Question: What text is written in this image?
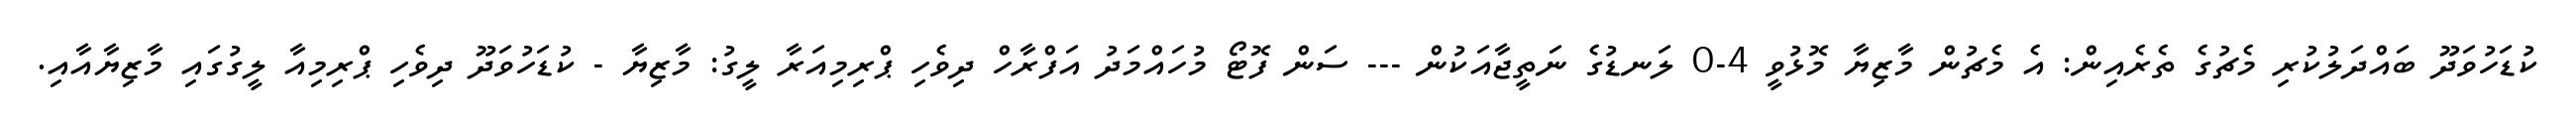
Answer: ކުޑަހުވަދޫ ބައްދަލުކުރި މެޗުގެ ތެރެއިން: އެ މެޗުން މާޒިޔާ މޮޅުވީ 4-0 ލަނޑުގެ ނަތީޖާއަކުން --- ސަން ފޮޓޯ މުހައްމަދު އަފްރާހް ދިވެހި ޕްރިމިއަރާ ލީގު: މާޒިޔާ - ކުޑަހުވަދޫ ދިވެހި ޕްރިމިއާ ލީގުގައި މާޒިޔާއާއި.